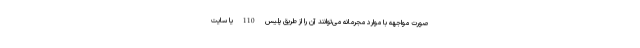
صورت مواجهه با موارد مجرمانه می‌توانند آن را از طریق پلیس 110 یا سایت